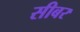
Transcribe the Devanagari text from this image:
सीबर